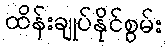
ထိန်းချုပ်နိုင်စွမ်း